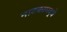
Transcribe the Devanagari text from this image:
नाटकामद्धे